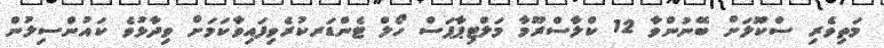
މަތިވެރި ސްކޫލަށް ބޭނުންވާ 12 ކްލާސްރޫމާ މަލްޓިޕާޕަސް ހޯލް ޓެންޑަރކުރެވިފައިވާކަމަށް ވިދާޅުވެ ކައުންސިލުން